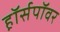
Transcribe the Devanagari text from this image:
ह़ॉर्सपॉवर